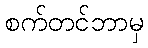
စက်တင်ဘာမှ